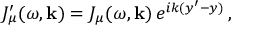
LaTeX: J _ { \mu } ^ { \prime } ( \omega , { \bf k } ) = J _ { \mu } ( \omega , { \bf k } ) \, e ^ { i k ( y ^ { \prime } - y ) } \, ,